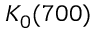
K _ { 0 } ( 7 0 0 )